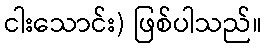
ငါးသောင်း) ဖြစ်ပါသည်။